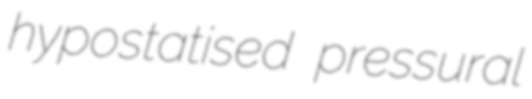
hypostatised pressural